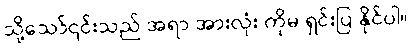
သို့သော်၎င်းသည် အရာ အားလုံး ကိုမ ရှင်းပြ နိုင်ပါ။